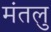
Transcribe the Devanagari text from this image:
मंतलु